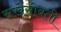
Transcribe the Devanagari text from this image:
सखेसोबती